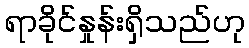
ရာခိုင်နှုန်းရှိသည်ဟု